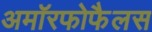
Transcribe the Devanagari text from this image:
अमॉरफोफैलस